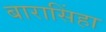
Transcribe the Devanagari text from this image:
बारासिंहा